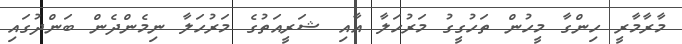
މާރާމާރީ ހިންގާ މީހުން ތަހުގީގު މަރުހަލާ އާއި ޝަރީއަތުގެ މަރުހަލާ ނިމެންދެން ބަންދުގައި